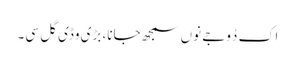
اک دُوجے نوں سمجھ جانا، بڑی وڈی گل سی۔